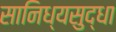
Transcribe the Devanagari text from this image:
सानिध्यसुद्धा